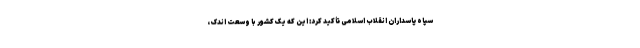
سپاه پاسداران انقلاب اسلامی تأکید کرد: این که یک کشور با وسعت اندک،